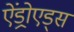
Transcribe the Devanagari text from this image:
ऐंड्रोएड्स